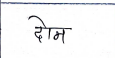
मजकूर: दोन